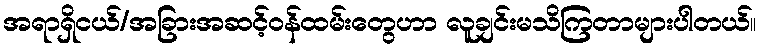
အရာရှိငယ်/အခြားအဆင့်ဝန်ထမ်းတွေဟာ လူချင်းမသိကြတာများပါတယ်။